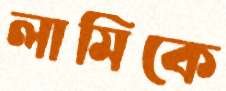
লামিকে